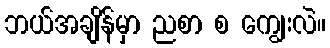
ဘယ်အချိန်မှာ ညစာ စ ကျွေးလဲ။